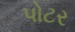
પોટર